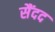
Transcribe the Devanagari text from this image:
सैंदद